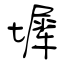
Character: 墀